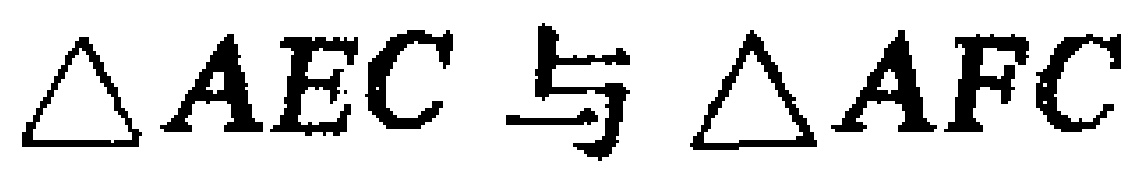
$\triangle AEC$ 与 $\triangle AFC$